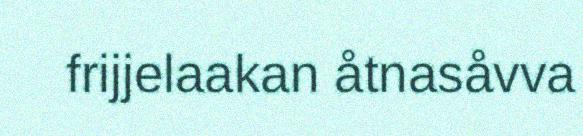
frijjelaakan åtnasåvva